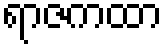
ရာဇကထာ